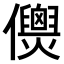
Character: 𠑎